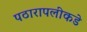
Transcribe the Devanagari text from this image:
पठारापलीकडे